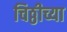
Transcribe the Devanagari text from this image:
चिठ्ठीच्या